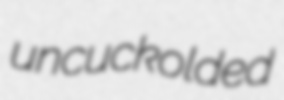
uncuckolded